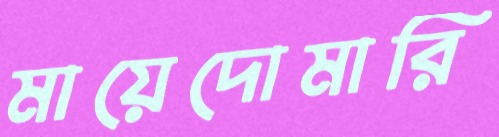
মায়েদোমারি